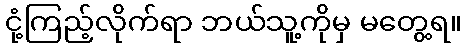
ငုံ့ကြည့်လိုက်ရာ ဘယ်သူ့ကိုမှ မတွေ့ရ။